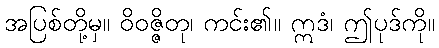
အပြစ်တို့မှ။ ဝိဝဇ္ဇိတု၊ ကင်း၏။ ဣဒံ၊ ဤပုဒ်ကို။